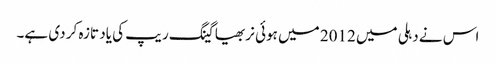
اس نے دہلی میں 2012 میں ہوئی نربھیا گینگ ریپ کی یاد تازہ کر دی ہے۔